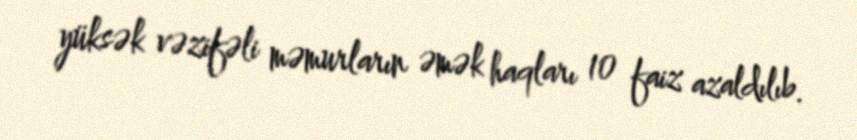
yüksək vəzifəli məmurların əmək haqları 10 faiz azaldılıb.